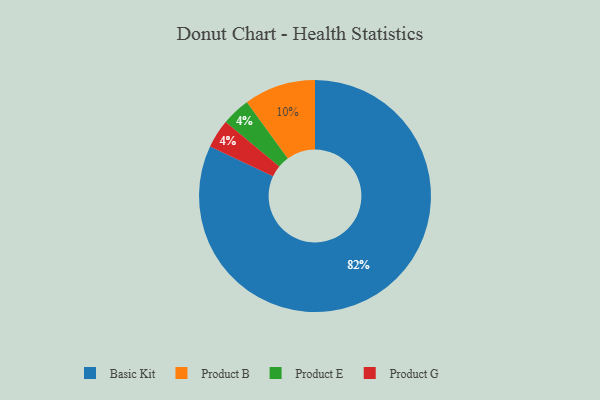
{"axis": {"x": "Category", "y": "Percentage"}, "legend": ["Basic Kit", "Product B", "Product E", "Product G"], "data": [{"x": "Product E", "y": 4, "type": "Product E"}, {"x": "Product B", "y": 10, "type": "Product B"}, {"x": "Basic Kit", "y": 82, "type": "Basic Kit"}, {"x": "Product G", "y": 4, "type": "Product G"}]}